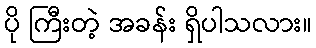
ပို ကြီးတဲ့ အခန်း ရှိပါသလား။